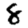
Digit: 8